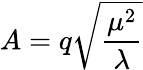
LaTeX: A=q\sqrt{\frac{\mu^{2}}{\lambda}}